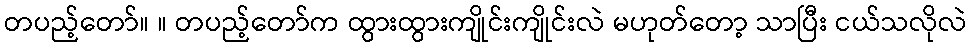
တပည့်တော်။ ။ တပည့်တော်က ထွားထွားကျိုင်းကျိုင်းလဲ မဟုတ်တော့ သာပြီး ငယ်သလိုလဲ